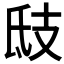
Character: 𢺾